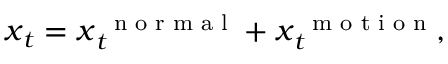
\boldsymbol x _ { t } = \boldsymbol x _ { t } ^ { \mathrm { ~ \scriptsize ~ n ~ o ~ r ~ m ~ a ~ l ~ } } + \boldsymbol x _ { t } ^ { \mathrm { ~ \scriptsize ~ m ~ o ~ t ~ i ~ o ~ n ~ } } ,